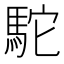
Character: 駝